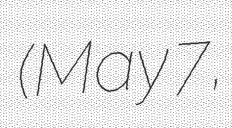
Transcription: (May 7,